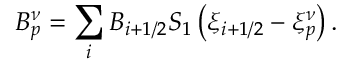
B _ { p } ^ { \nu } = \sum _ { i } B _ { i + 1 / 2 } { S _ { 1 } } \left( { \xi } _ { i + 1 / 2 } - { \xi } _ { p } ^ { \nu } \right) .